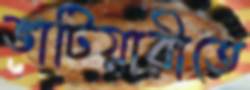
ভাটিয়ারীতে